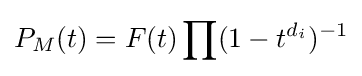
P_{M}(t)=F(t)\prod (1-t^{d_{i}})^{-1}